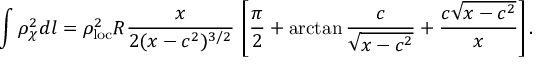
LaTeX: \int \rho _ { \chi } ^ { 2 } d l = \rho _ { \mathrm { l o c } } ^ { 2 } R \frac { x } { 2 ( x - c ^ { 2 } ) ^ { 3 / 2 } } \, \left[ \frac { \pi } { 2 } + \arctan \frac { c } { \sqrt { x - c ^ { 2 } } } + \frac { c \sqrt { x - c ^ { 2 } } } { x } \right] .